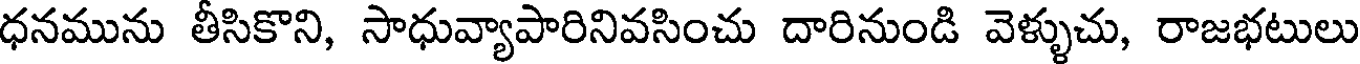
ధనమును తీసికొని, సాధువ్యాపారినివసించు దారినుండి వెళ్ళుచు, రాజభటులు